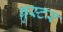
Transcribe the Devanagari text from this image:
ब्रुस्टर